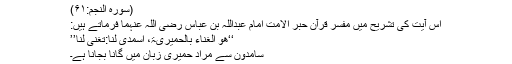
(سورہ النجم:۶۱)
اس آیت کی تشریح میں مفسر قرآن حبر الامت امام عبداللہ بن عباس رضی اللہ عنہما فرماتے ہیں:
‘‘ھو الغناء بالحمیریۃ، اسمدی لنا:تغنی لنا’’
سامدون سے مراد حمیری زبان میں گانا بجانا ہے۔